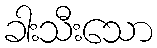
ခါးသီးသော